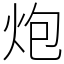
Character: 炮